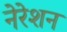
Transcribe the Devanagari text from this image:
नेरेशन